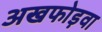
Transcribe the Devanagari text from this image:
अखफोड़वा